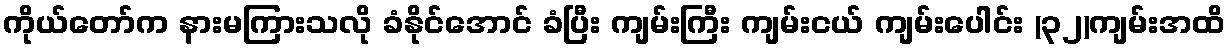
ကိုယ်တော်က နားမကြားသလို ခံနိုင်အောင် ခံပြီး ကျမ်းကြီး ကျမ်းငယ် ကျမ်းပေါင်း (၃၂)ကျမ်းအထိ